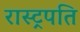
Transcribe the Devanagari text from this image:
रास्ट्रपति